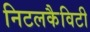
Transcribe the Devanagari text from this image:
निटलकैविटी